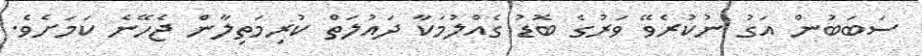
ސަބަބުން އަގު ނުކުރެވޭ ވަރުގެ ބޮޑު ގެއްލުމަކާ ދައުލަތް ކުރިމަތިލާން ޖެހޭނެ ކަމަށެވެ.